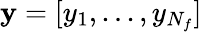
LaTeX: \textbf{y}=[y_{1},...,y_{N_{f}}]